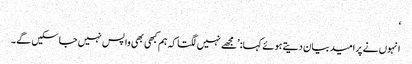
‘
انہوں نے پرامید بیان دیتے ہوئے کہا: ’مجھے نہیں لگتا کہ ہم کبھی بھی واپس نہیں جا سکیں گے۔